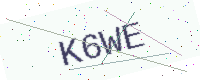
Text: K6WE